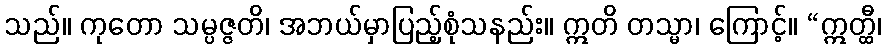
သည်။ ကုတော သမ္ပဇ္ဇတိ၊ အဘယ်မှာပြည့်စုံသနည်း။ ဣတိ တသ္မာ၊ ကြောင့်။ “ဣတ္ထီ၊